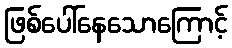
ဖြစ်ပေါ်နေသောကြောင့်